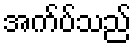
အက်ပ်သည်